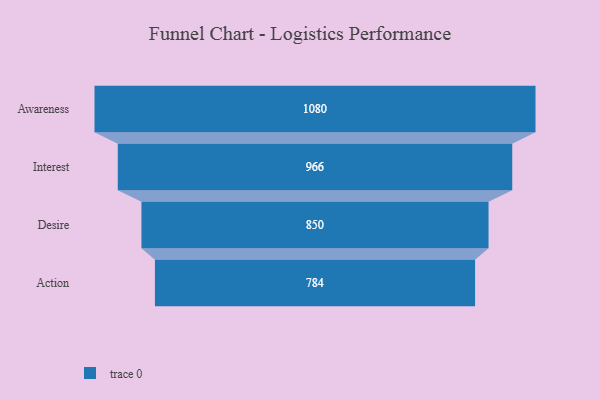
{"axis": {"x": "Stage", "y": "Value"}, "legend": [""], "data": [{"x": "Awareness", "y": 1080.0, "type": ""}, {"x": "Interest", "y": 966.0, "type": ""}, {"x": "Desire", "y": 850.0, "type": ""}, {"x": "Action", "y": 784.0, "type": ""}]}